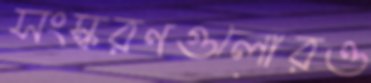
সংস্করণগুলোরও